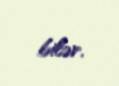
bilər.